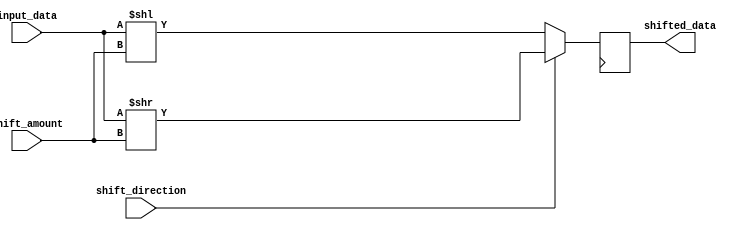
module barrel_shifter (
    input wire [7:0] input_data,
    input wire [2:0] shift_amount,
    input wire shift_direction, // 0 for left shift, 1 for right shift
    output reg [7:0] shifted_data
);

reg [7:0] shifted_temp;

always @(*) begin
    if (shift_direction == 0) begin // Left shift
        shifted_temp = input_data << shift_amount;
    end
    else begin // Right shift
        shifted_temp = input_data >> shift_amount;
    end
end

always @(posedge clk) begin
    shifted_data <= shifted_temp;
end

endmodule